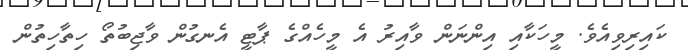
ކައިރިވިއެވެ. މީހަކާއި އިންނަން ވާއިރު އެ މީހެއްގެ ޕާޓީ އެނގުން ވާޖިބުތޯ ހިތާހިތުން